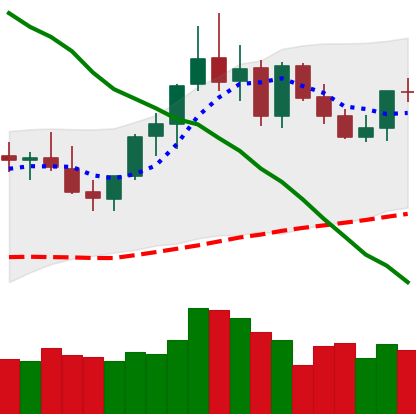
Ticker: XMR-USD
Chart end date: 2021-09-02
Forward return: -13.407%
Label: down_7plus